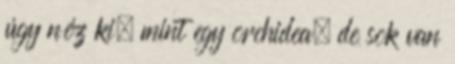
úgy néz ki, mint egy orchidea, de sok van